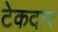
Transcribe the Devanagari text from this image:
टेकदार